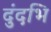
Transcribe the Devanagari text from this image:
दुंदभि